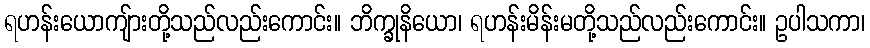
ရဟန်းယောကျ်ားတို့သည်လည်းကောင်း။ ဘိက္ခုနိယော၊ ရဟန်းမိန်းမတို့သည်လည်းကောင်း။ ဥပါသကာ၊